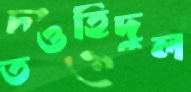
তওহিদুল